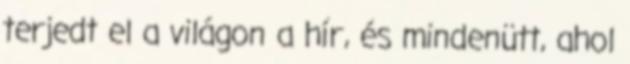
terjedt el a világon a hír, és mindenütt, ahol